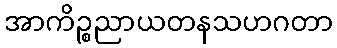
အာကိဉ္စညာယတနသဟဂတာ